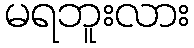
မရဘူးလား